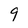
Character: 9